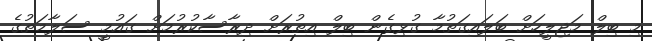
މި ބިލް މަޖިލީހަށް ބަލައިގަތުމާ ގުޅިގެން ބިލް އިތުރަށް ދިރާސާކުރުމަށް ގައުމީ ސަލާމަތުގެ